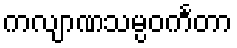
ကလျာဏသမ္ပဝင်္ကတာ